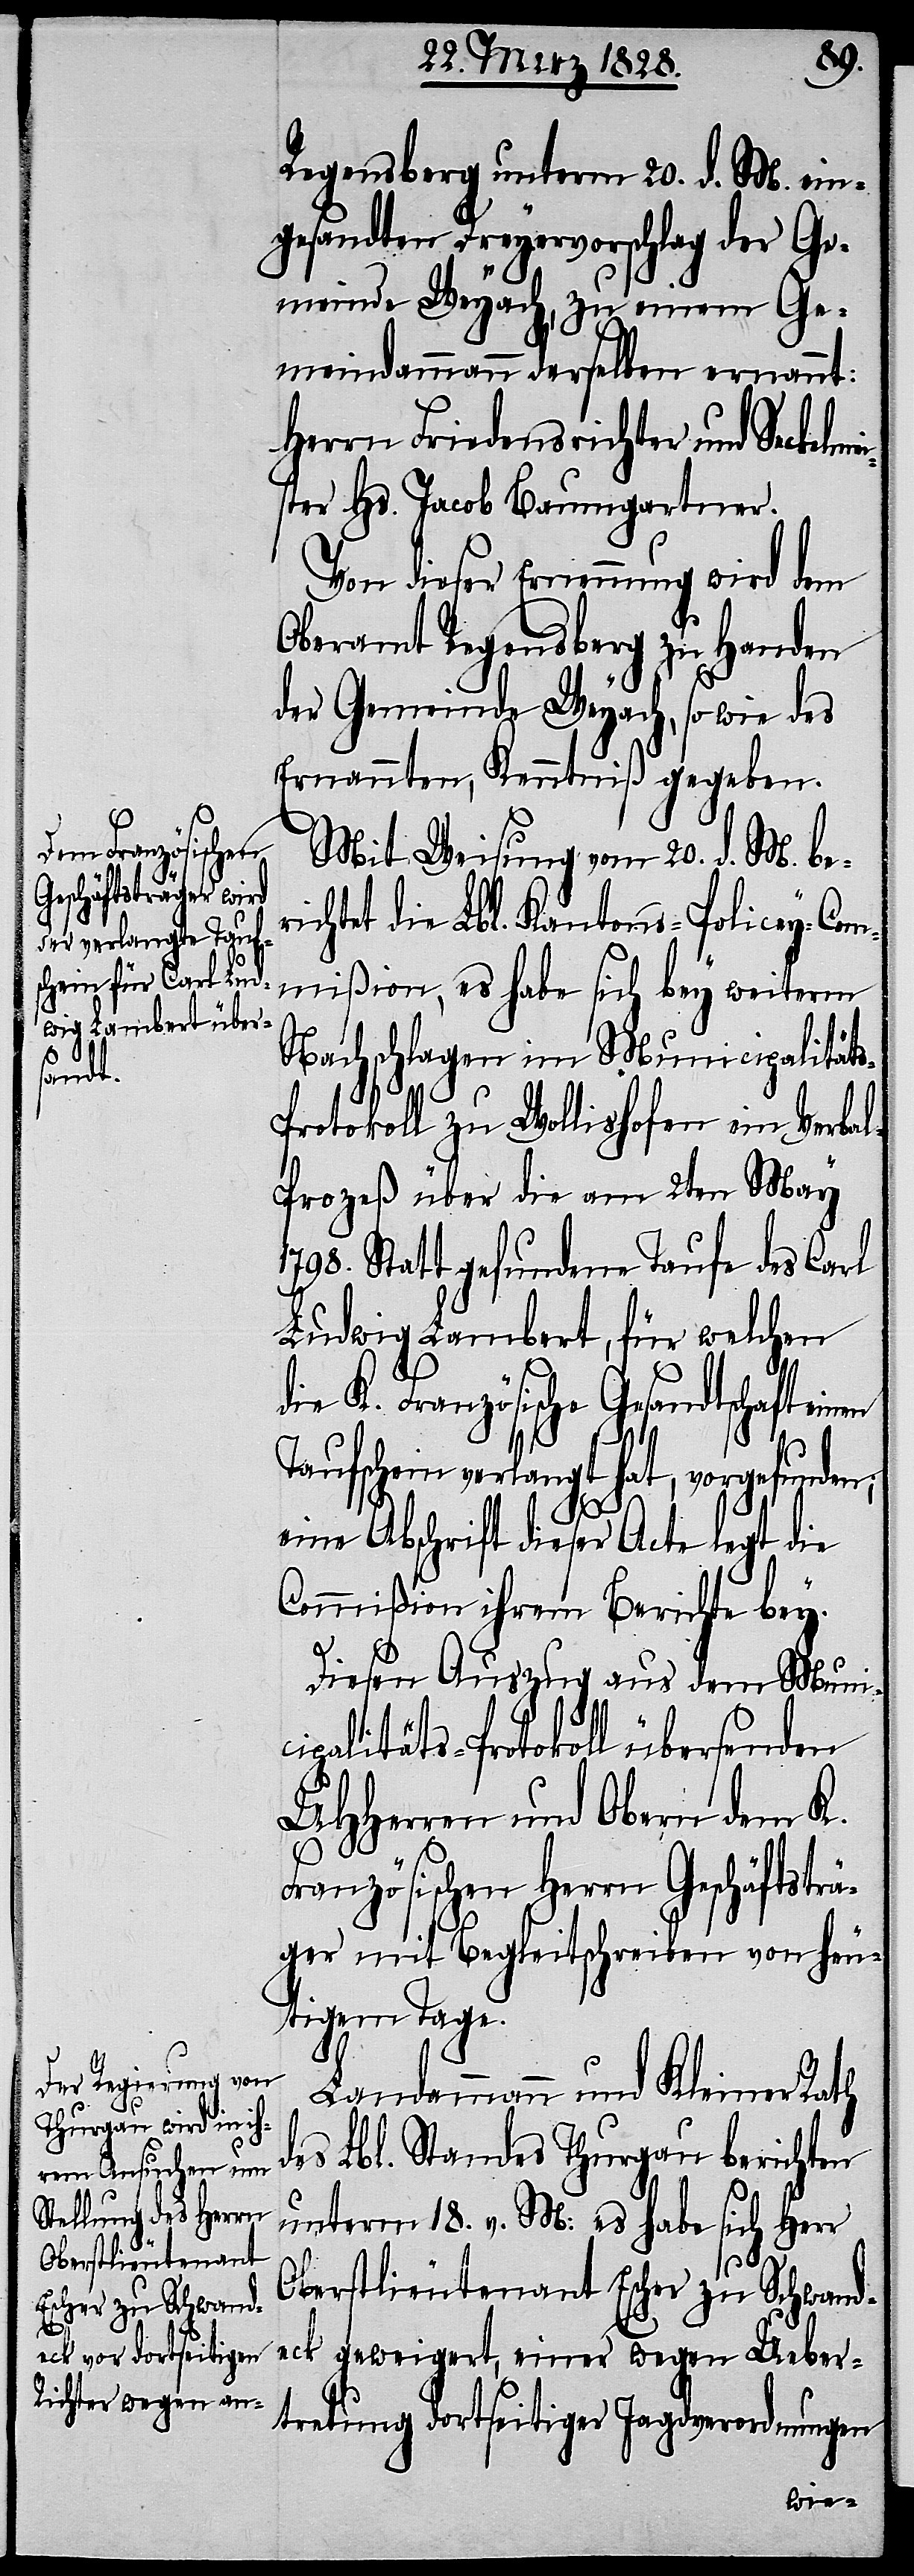
Regensberg unterm 20. d. M. ein¬
gesandten Dreyervorschlag der Ge¬
meinde Weyach, zu einem Ge¬
meindammann derselben ernannt:
Herrn Friedensrichter und Seckelme¬
ister Hs. Jacob Baumgartner.
Von dieser Ernennung wird dem
Oberamt Regensberg zu Handen
der Gemeinde Weyach, so wie des
Ernannten, Kenntniß gegeben.
Mit Weisung vom 20. d. M. be¬
richtet die Lbl. Kantons-Policey-Com¬
mißion, es habe sich bey weiterm
Nachschlagen im Municipalität¬
rotokoll zu Wollishofen ein Verba¬
l-Prozeß über die am 2ten May
1798. Statt gefundene Taufe des Carl
Ludwig Lambert, für welchen
s-P¬
die K. Französische Gesandtschaft einen
Taufschein verlangt hat, vorgefunden;
eine Abschrift dieser Acte legt die
Commißion ihrem Berichte bey.
Diesen Auszug aus dem Muni¬
cipalitäts-Protokoll übersenden
UHHerren und Obern dem K.
Französischen Herrn Geschäftsträ¬
ger mit Begleitschreiben von heu¬
tigem Tage.
Landammann und Kleiner Rath
des Lbl. Standes Thurgau berichten
unterm 18. v. M: es habe sich Herr
Oberstlieutenant Escher zu Schwand¬
eck geweigert, einer wegen Ueber¬
tretung dortseitiger Jagdverordnungen